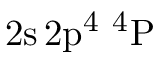
\mathrm { 2 s \, 2 p ^ { 4 } ~ ^ { 4 } P }